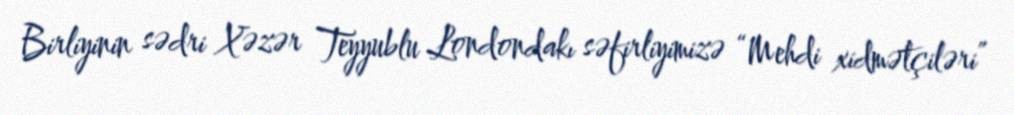
Birliyinin sədri Xəzər Teyyublu Londondakı səfirliyimizə “Mehdi xidmətçiləri”